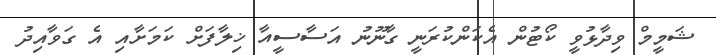
ޝަމީމް ވިދާޅުވީ ކޯޓުން އެކަންކުރަނީ ގާނޫނު އަސާސީއާ ޚިލާފަށް ކަމަށާއި އެ ގަވާއިދު